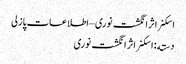
اسکنر اثر انگشت نوری – اطلاعات پازلی
دسته: اسکنر اثر انگشت نوری